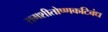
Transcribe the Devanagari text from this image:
समशीतोष्णकटिबंध